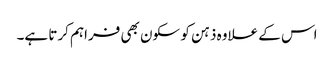
اس کے علاوہ ذہن کو سکون بھی فراہم کرتا ہے۔